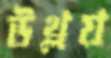
উথ্‌লয়